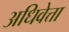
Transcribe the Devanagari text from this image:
अधिवेत्ता